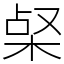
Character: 梷